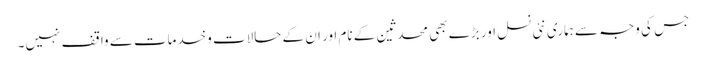
جس کی وجہ سے ہماری نئی نسل اور بڑے بھی محدثین کے نام اور ان کے حالات وخدمات سے واقف نہیں۔